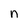
Character: n